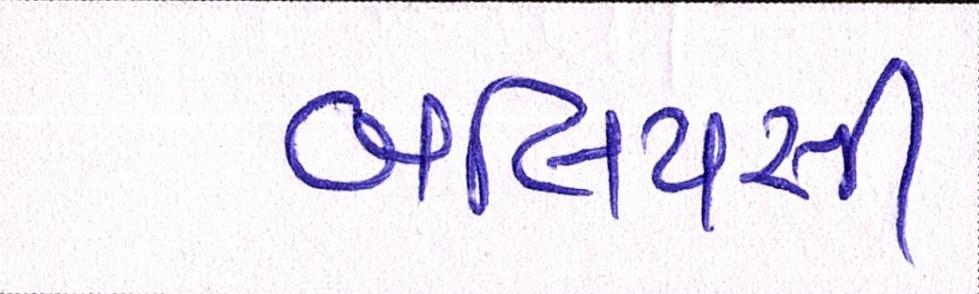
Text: બલિયસી